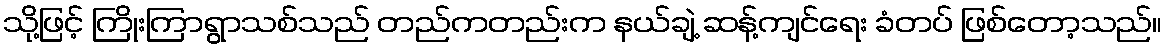
သို့ဖြင့် ကြိုးကြာရွာသစ်သည် တည်ကတည်းက နယ်ချဲ့ ဆန့်ကျင်ရေး ခံတပ် ဖြစ်တော့သည်။